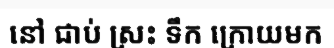
នៅ ជាប់ ស្រះ ទឹក ក្រោយមក